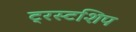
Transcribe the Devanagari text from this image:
ट्रस्टशिप